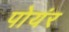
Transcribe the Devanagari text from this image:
पोयंर